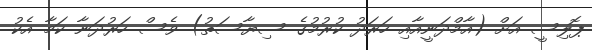
ޕޮލިސީ އަށް (އާމްދަނީއާއި ހަރަދު ކުރުމުގެ ސިޔާސަތު) ވެސް ހަރުދަނާ ކަމާ އެކު